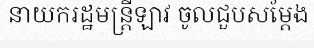
នាយករដ្ឋមន្ត្រីឡាវ ចូលជួបសម្តែង